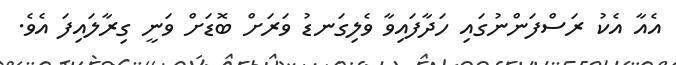
އެއާ އެކު ރަސްފަންނުގައި ހަދާފައިވާ ވެލިގަނޑު ވަރަށް ބޮޑަށް ވަނީ ގިރާލައިފަ އެވެ.